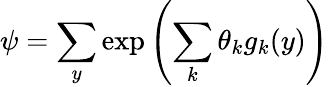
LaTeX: \psi=\sum_{y}\exp\left(\sum_{k}\theta_{k}g_{k}(y)\right)